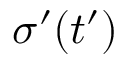
\boldsymbol { \sigma } ^ { \prime } ( t ^ { \prime } )